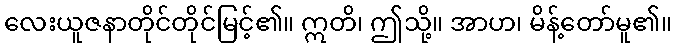
လေးယူဇနာတိုင်တိုင်မြင့်၏။ ဣတိ၊ ဤသို့။ အာဟ၊ မိန့်တော်မူ၏။